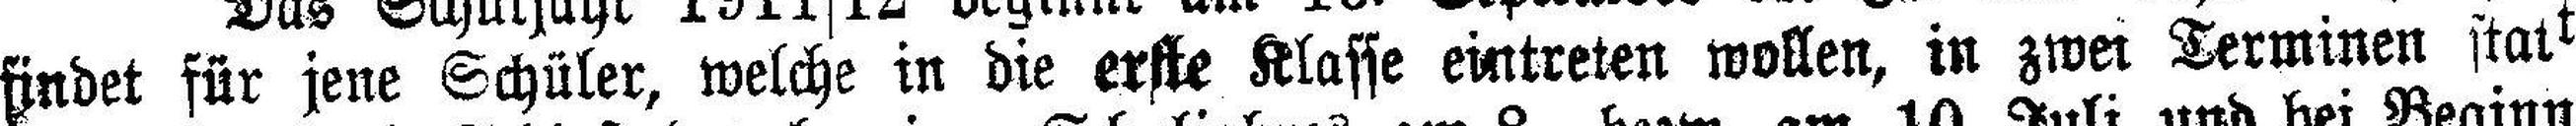
findet für jene Schüler, welche in die erste Klasse eintreten wollen, in zwei Terminen statt